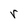
Character: r